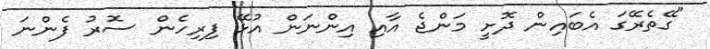
"ގޭތެރޭގަ އެބައިން ދޮށީ މަންޖެ އާއި އިންނަން އުޅޭ ފިރިހެން ސޮރު ފެންނަ